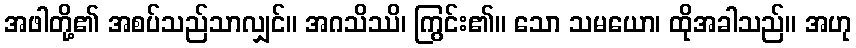
အဖါတို့၏ အစပ်သည်သာလျှင်။ အဂသိဿိ၊ ကြွင်း၏။ သော သမယော၊ ထိုအခါသည်။ အဟု